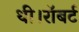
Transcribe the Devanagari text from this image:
थी।रॉबर्ट